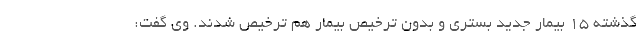
گذشته ۱۵ بیمار جدید بستری و بدون ترخیص بیمار هم ترخیص شدند. وی گفت: